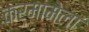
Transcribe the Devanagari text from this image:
कर्मामेला